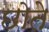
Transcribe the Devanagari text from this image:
छोते